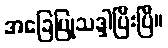
အခြေပြုသဒ္ဒါပြီးပြီ။